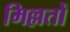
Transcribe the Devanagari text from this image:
मिल्लतों